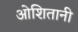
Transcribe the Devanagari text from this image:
ओशितानी